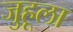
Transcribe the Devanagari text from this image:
जुहूला